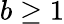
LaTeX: b\ge 1